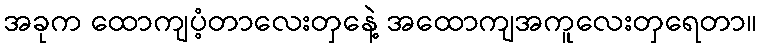
အခုက ထောကျပံ့တာလေးတှနေဲ့ အထောကျအကူလေးတှရေတာ။